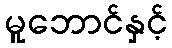
မူဘောင်နှင့်